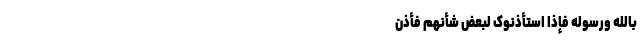
بِاللَّهِ وَرَسُولِهِ فَإِذَا استَأْذَنُوکَ لِبَعضِ شَأْنِهِم فَأْذَن